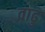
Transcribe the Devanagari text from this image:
वाढु